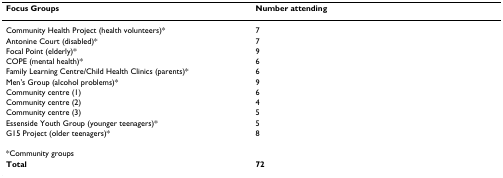
<table><thead><tr><td><b>Focus Groups</b></td><td><b>Number attending</b></td></tr></thead><tbody><tr><td>Community Health Project (health volunteers)*</td><td>7</td></tr><tr><td>Antonine Court (disabled)*</td><td>7</td></tr><tr><td>Focal Point (elderly)*</td><td>9</td></tr><tr><td>COPE (mental health)*</td><td>6</td></tr><tr><td>Family Learning Centre/Child Health Clinics (parents)*</td><td>6</td></tr><tr><td>Men&#x27;s Group (alcohol problems)*</td><td>9</td></tr><tr><td>Community centre (1)</td><td>6</td></tr><tr><td>Community centre (2)</td><td>4</td></tr><tr><td>Community centre (3)</td><td>5</td></tr><tr><td>Essenside Youth Group (younger teenagers)*</td><td>5</td></tr><tr><td>G15 Project (older teenagers)*</td><td>8</td></tr><tr><td>*Community groups</td><td></td></tr><tr><td><b>Total</b></td><td><b>72</b></td></tr></tbody></table>